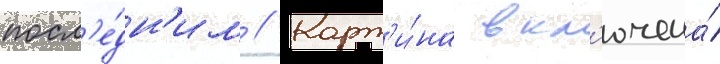
посл'е́дн'им // Карт'и́на вкл'ючена́